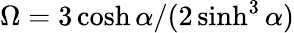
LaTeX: \Omega={3\cosh\alpha}/{(2\sinh^{3}\alpha)}